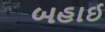
બહાઈ